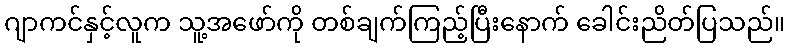
ဂျာကင်နှင့်လူက သူ့အဖော်ကို တစ်ချက်ကြည့်ပြီးနောက် ခေါင်းညိတ်ပြသည်။